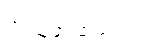
အယူအဆပေါ့။